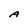
Character: A